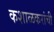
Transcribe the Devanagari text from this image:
कशाळकरांची